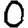
Digit: 0